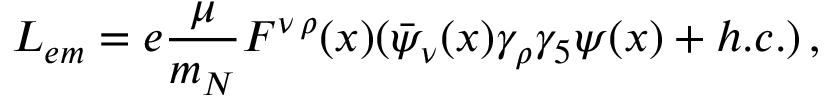
L _ { e m } = e \frac { \mu } { m _ { N } } F ^ { \nu \, \rho } ( x ) ( \bar { \psi } _ { \nu } ( x ) \gamma _ { \rho } \gamma _ { 5 } \psi ( x ) + h . c . ) \, ,